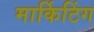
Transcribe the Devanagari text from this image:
मार्किटिंग